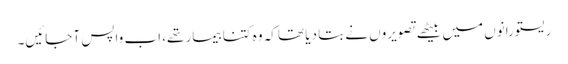
ریستورانوں میں بیٹھے تصویروں نے بتا دیا تھا کہ وہ کتنا بیمار تھے، اب واپس آ جائیں۔